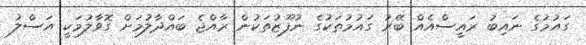
ގައުމުގެ ނައިބު ރައީސްއެއް ބޭރު ގައުމުތަކުގެ ނުފޫޒުތަކުން ރާއްޖެ ބައްދާލުމަށް ގޮވާލުމަކީ އަސްލު